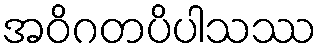
အဝိဂတပိပါသဿ